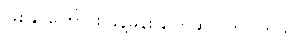
ဖြစ်နိုင်ကြောင်း ခန့်မှန်း ပြောဆိုလိုက်ပါတယ်။